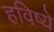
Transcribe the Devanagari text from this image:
हविष्ये